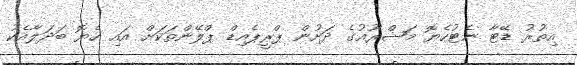
އިތުރު ޑޭޓާ ނެޓުހެޔޮ މަޝްރޫއުގެ ދަށުން ޕްރީޕެއިޑް ޕްލޭންތަކަށް އައި ހެޔޮ ބަދަލާއެކު